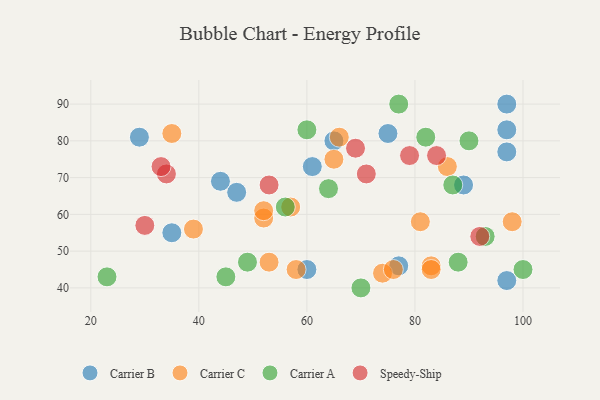
{"axis": {"x": "GDP", "y": "Life Expectancy"}, "legend": ["Carrier A", "Carrier B", "Carrier C", "Speedy-Ship"], "data": [{"x": "29", "y": 81, "type": "Carrier B"}, {"x": "97", "y": 90, "type": "Carrier B"}, {"x": "89", "y": 68, "type": "Carrier B"}, {"x": "97", "y": 77, "type": "Carrier B"}, {"x": "61", "y": 73, "type": "Carrier B"}, {"x": "35", "y": 55, "type": "Carrier B"}, {"x": "97", "y": 42, "type": "Carrier B"}, {"x": "65", "y": 80, "type": "Carrier B"}, {"x": "47", "y": 66, "type": "Carrier B"}, {"x": "97", "y": 83, "type": "Carrier B"}, {"x": "75", "y": 82, "type": "Carrier B"}, {"x": "44", "y": 69, "type": "Carrier B"}, {"x": "77", "y": 46, "type": "Carrier B"}, {"x": "60", "y": 45, "type": "Carrier B"}, {"x": "83", "y": 46, "type": "Carrier C"}, {"x": "83", "y": 45, "type": "Carrier C"}, {"x": "53", "y": 47, "type": "Carrier C"}, {"x": "52", "y": 59, "type": "Carrier C"}, {"x": "65", "y": 75, "type": "Carrier C"}, {"x": "66", "y": 81, "type": "Carrier C"}, {"x": "81", "y": 58, "type": "Carrier C"}, {"x": "74", "y": 44, "type": "Carrier C"}, {"x": "58", "y": 45, "type": "Carrier C"}, {"x": "57", "y": 62, "type": "Carrier C"}, {"x": "76", "y": 45, "type": "Carrier C"}, {"x": "35", "y": 82, "type": "Carrier C"}, {"x": "86", "y": 73, "type": "Carrier C"}, {"x": "39", "y": 56, "type": "Carrier C"}, {"x": "98", "y": 58, "type": "Carrier C"}, {"x": "52", "y": 61, "type": "Carrier C"}, {"x": "93", "y": 54, "type": "Carrier A"}, {"x": "49", "y": 47, "type": "Carrier A"}, {"x": "70", "y": 40, "type": "Carrier A"}, {"x": "100", "y": 45, "type": "Carrier A"}, {"x": "60", "y": 83, "type": "Carrier A"}, {"x": "64", "y": 67, "type": "Carrier A"}, {"x": "87", "y": 68, "type": "Carrier A"}, {"x": "90", "y": 80, "type": "Carrier A"}, {"x": "56", "y": 62, "type": "Carrier A"}, {"x": "23", "y": 43, "type": "Carrier A"}, {"x": "77", "y": 90, "type": "Carrier A"}, {"x": "88", "y": 47, "type": "Carrier A"}, {"x": "82", "y": 81, "type": "Carrier A"}, {"x": "45", "y": 43, "type": "Carrier A"}, {"x": "84", "y": 76, "type": "Speedy-Ship"}, {"x": "71", "y": 71, "type": "Speedy-Ship"}, {"x": "53", "y": 68, "type": "Speedy-Ship"}, {"x": "69", "y": 78, "type": "Speedy-Ship"}, {"x": "92", "y": 54, "type": "Speedy-Ship"}, {"x": "34", "y": 71, "type": "Speedy-Ship"}, {"x": "30", "y": 57, "type": "Speedy-Ship"}, {"x": "79", "y": 76, "type": "Speedy-Ship"}, {"x": "33", "y": 73, "type": "Speedy-Ship"}]}